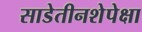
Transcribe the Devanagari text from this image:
साडेतीनशेपेक्षा